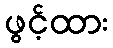
ဖွင့်ထား